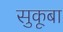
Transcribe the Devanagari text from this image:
सुकूबा